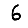
Digit: 6